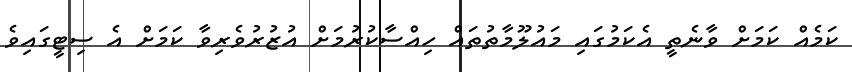
ކަމެއް ކަމަށް ވާނެތީ އެކަމުގައި މައުލޫމާތުތައް ހިއްސާކުރުމަށް އުޒުރުވެރިވާ ކަމަށް އެ ސިޓީގައިވެ